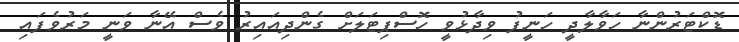
ޑޮކްޓަރުންނާ ހަވާލާދީ ހަނީފު ވިދާޅުވީ ހޮސްޕިޓަލަށް ގެންދިއައިރު ވެސް އޭނާ ވަނީ މަރުވެފައި